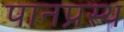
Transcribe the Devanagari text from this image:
पानप्रस्थ